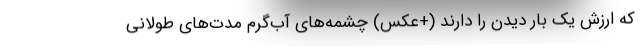
که ارزش یک بار دیدن را دارند (+عکس) چشمه‌های آب‌گرم مدت‌های طولانی